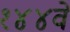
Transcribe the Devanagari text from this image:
१४४वे